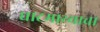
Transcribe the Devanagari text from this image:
घाटमाथ्याचा